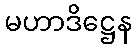
မဟာဒိဋ္ဌေန